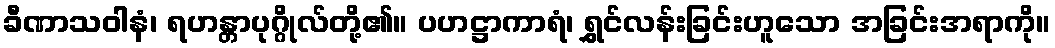
ခီဏာသဝါနံ၊ ရဟန္တာပုဂ္ဂိုလ်တို့၏။ ပဟဋ္ဌာကာရံ၊ ရွှင်လန်းခြင်းဟူသော အခြင်းအရာကို။